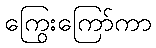
ကြွေးကြော်ကာ